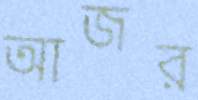
আজর